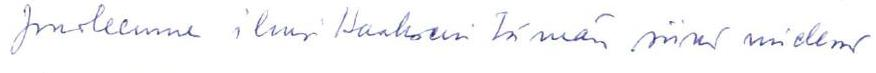
puoleenne ilmoittaakseni tämän siinä mielessä